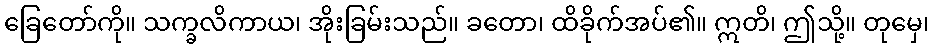
ခြေတော်ကို။ သက္ခလိကာယ၊ အိုးခြမ်းသည်။ ခတော၊ ထိခိုက်အပ်၏။ ဣတိ၊ ဤသို့။ တုမှေ၊